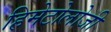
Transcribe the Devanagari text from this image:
हिमेटोलोजी